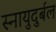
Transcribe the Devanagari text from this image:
स्नायुदुर्बल